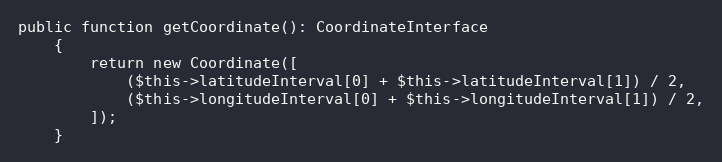
Language: PHP
public function getCoordinate(): CoordinateInterface
    {
        return new Coordinate([
            ($this->latitudeInterval[0] + $this->latitudeInterval[1]) / 2,
            ($this->longitudeInterval[0] + $this->longitudeInterval[1]) / 2,
        ]);
    }